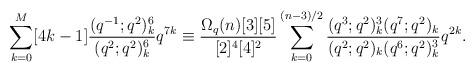
LaTeX: \begin{align*}\sum_{k=0}^{M}[4k-1]\frac{(q^{-1};q^2)_k^6}{(q^2;q^2)_k^6}q^{7k}\equiv\frac{\Omega_q(n)[3][5]}{[2]^4[4]^2}\sum_{k=0}^{(n-3)/2}\frac{(q^3;q^2)_k^3(q^7;q^2)_k}{(q^2;q^2)_k(q^6;q^2)_k^3}q^{2k}.\end{align*}